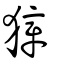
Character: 獐